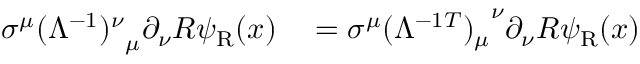
\begin{array} { r l } { \sigma ^ { \mu } { ( \Lambda ^ { - 1 } ) ^ { \nu } } _ { \mu } \partial _ { \nu } R \psi _ { \mathrm { { R } } } ( x ) } & { { } = \sigma ^ { \mu } { ( \Lambda ^ { - 1 T } ) _ { \mu } } ^ { \nu } \partial _ { \nu } R \psi _ { \mathrm { { R } } } ( x ) } \end{array}